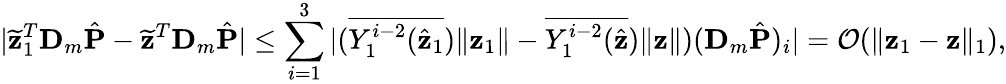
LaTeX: |\widetilde{\mathbf z}_{1}^{T}\mathbf D_{m}\hat{\mathbf P}-\widetilde{\mathbf z}^{T}\mathbf D_{m}\hat{\mathbf P}|\leq\sum_{i=1}^{3}|({\overline{{Y_{1}^{i-2}(\hat{\mathbf{z}}_{1}}})\| \mathbf{z}_{1}\| }-{\overline{{Y_{1}^{i-2}(\hat{\mathbf{z}}}})\| \mathbf{z}\| })(\mathbf D_{m}\hat{\mathbf P})_{i}|=\mathcal{O}(\| \mathbf{z}_{1}-\mathbf{z}\| _{1}),